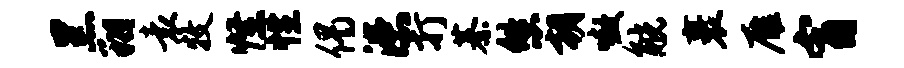
黑翔袁牧怪性偈漶打綦悠朝嗷觥裹雁宵